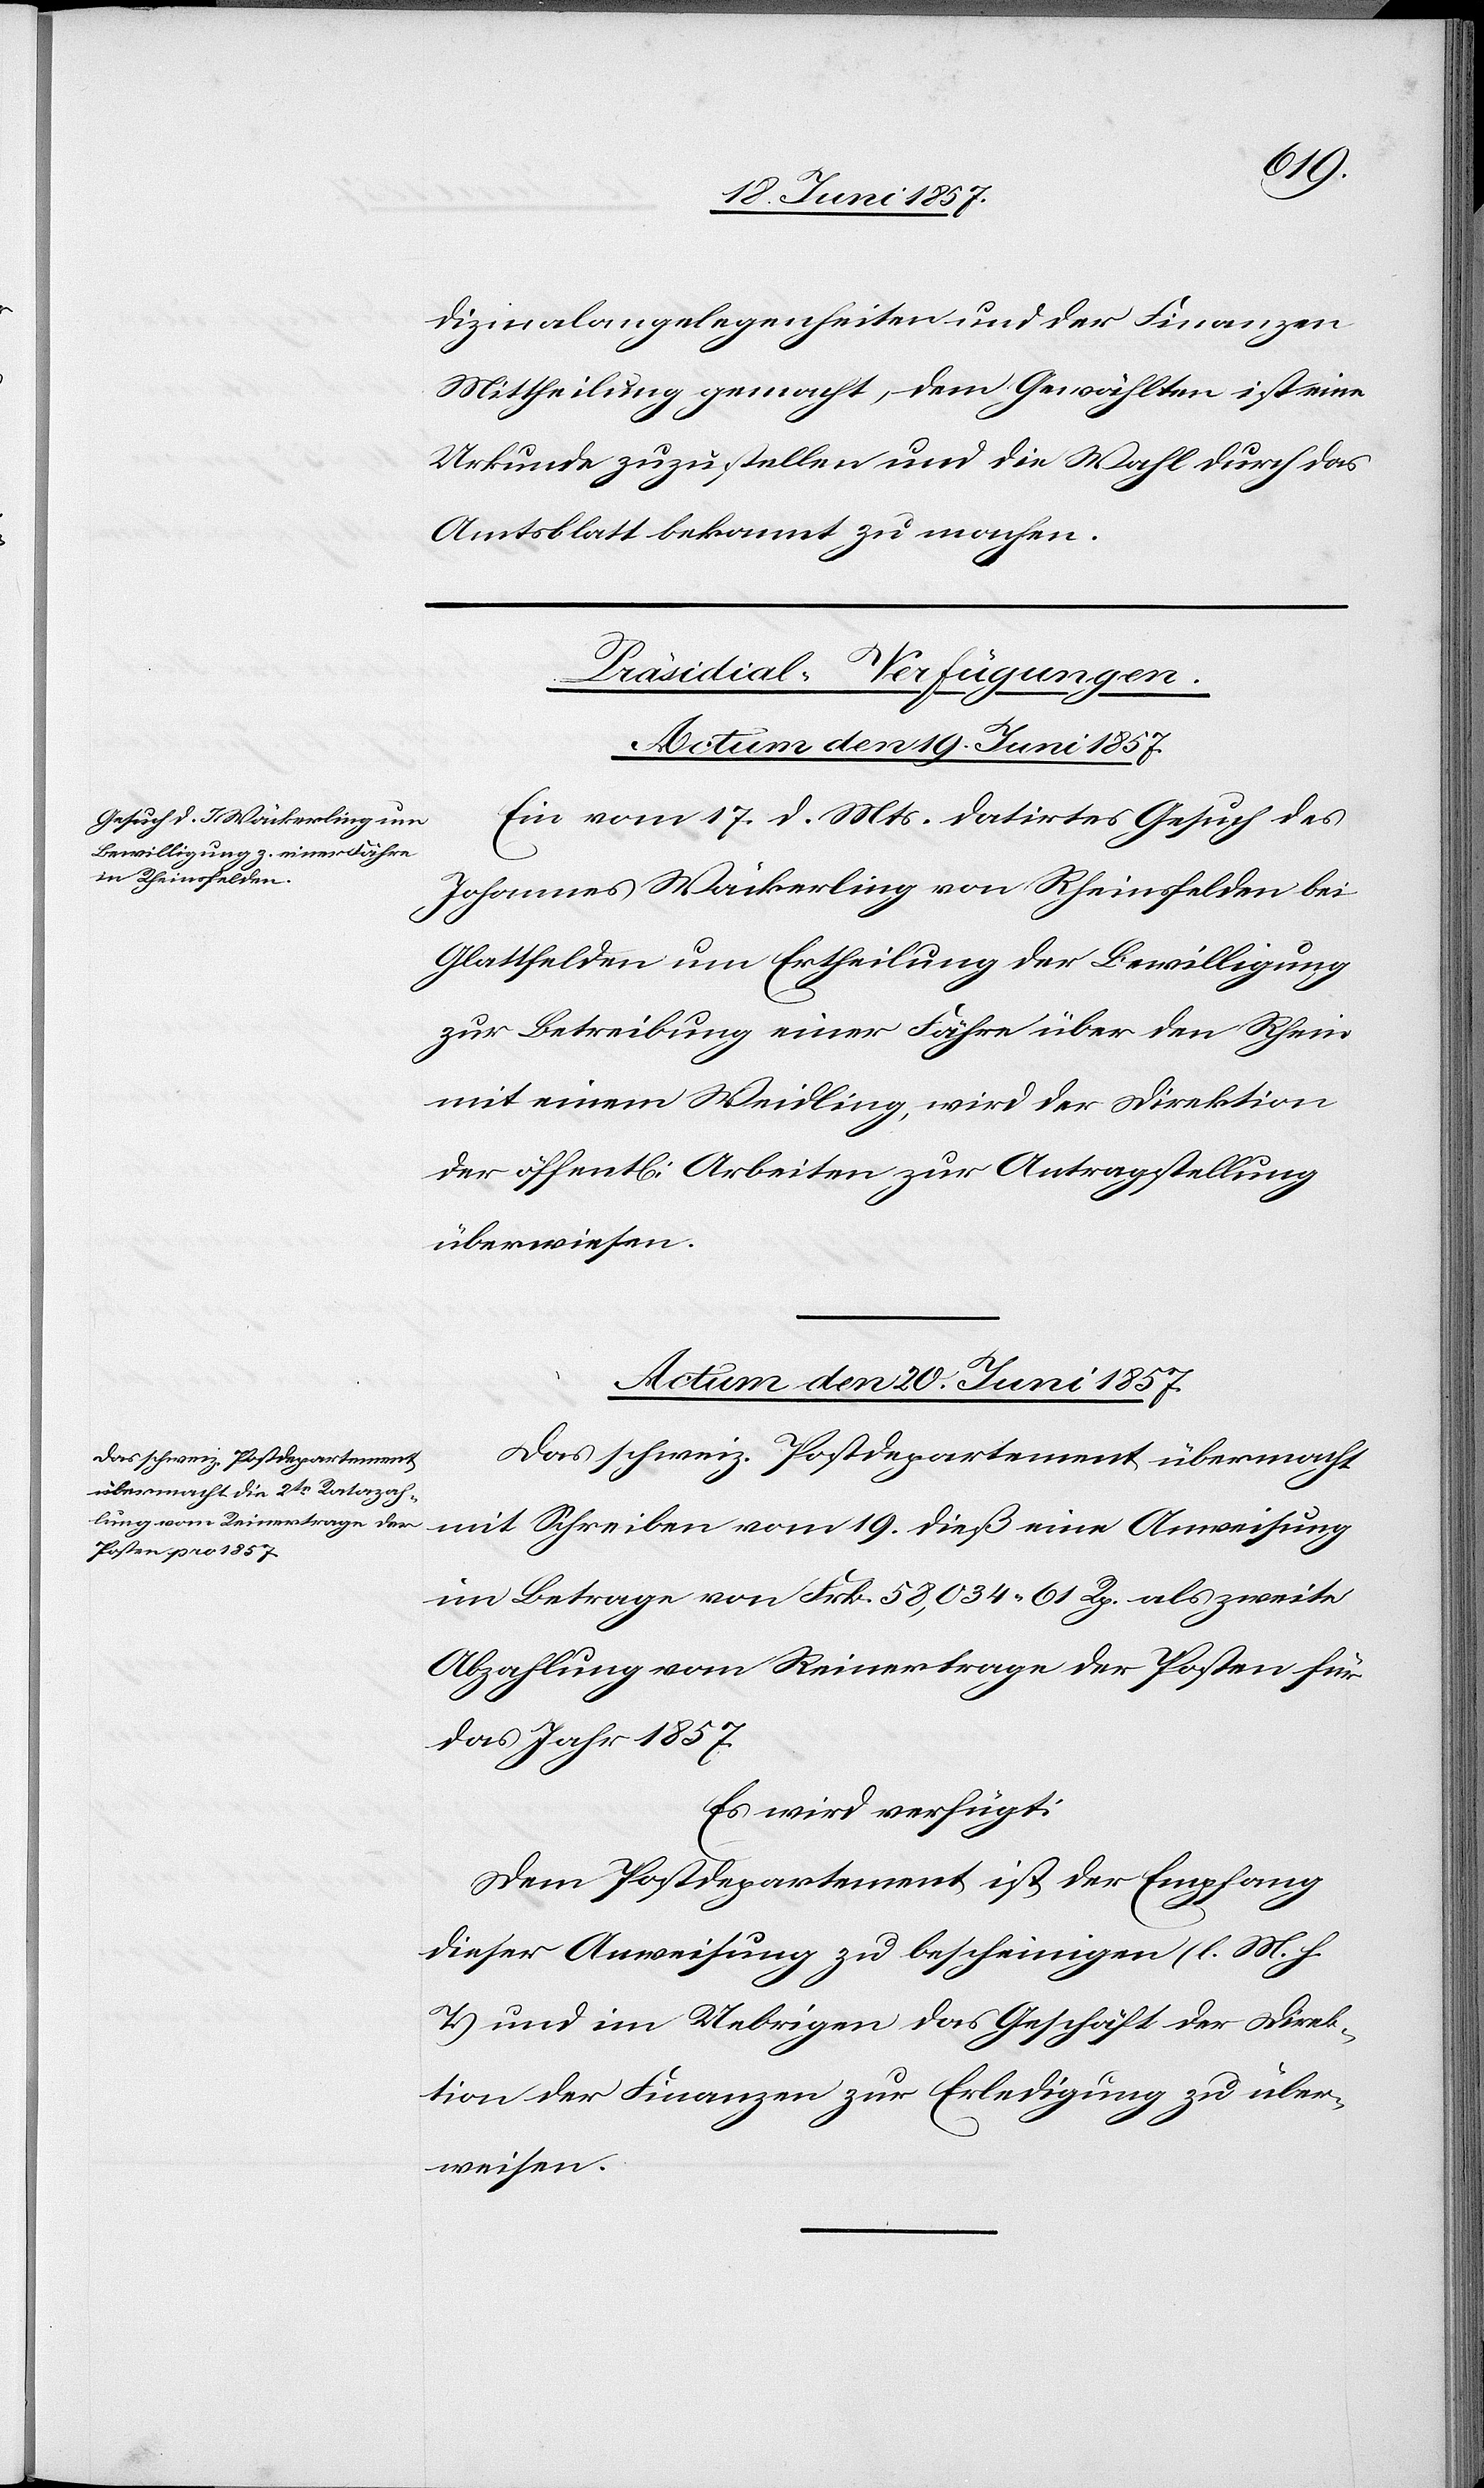
dizinalangelegenheiten und der Finanzen
Mittheilung gemacht, dem Gewählten ist eine
Urkunde zuzustellen und die Wahl durch das
Amtsblatt bekannt zu machen.
[Präsidial-Verfügungen.]
Actum den 19 Juni 1857.
Ein vom 17 d. Mts. datirtes Gesuch des
Johannes Wäckerling von Rheinsfelden bei
Glattfelden um Ertheilung der Bewilligung
zur Betreibung einer Fähre über den Rhein
mit einem Waidling, wird der Direktion
der öffentl. Arbeiten zur Antragstellung
überwiesen.
Actum den 20 Juni 1857.
Das schweiz. Postdepartement übermacht
mit Schreiben vom 19 dieß eine Anweisung
im Betrage von Frk. 58,034. 61 Rp. als zweite
Abzahlung vom Reinertrage der Posten für
das Jahr 1857.
Es wird verfügt:
Dem Postdepartement ist der Empfang
dieser Anweisung zu bescheinigen [l. M. h.
T] und im Uebrigen das Geschäft der Direk¬
tion der Finanzen zur Erledigung zu über¬
weisen.